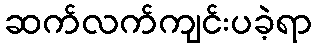
ဆက်လက်ကျင်းပခဲ့ရာ